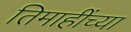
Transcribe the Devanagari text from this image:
तिमाहींच्या